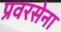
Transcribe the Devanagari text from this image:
प्रवरसेना